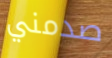
صدمني